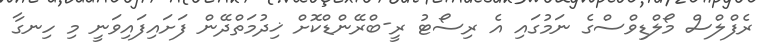
ރެފްލްސް މޯލްޑިވްސްގެ ނަމުގައި އެ ރިސޯޓު ރީ-ބްރޭންޑްކޮށް ޚިދުމަތްދޭން ފަށައިފައިވަނީ މި ހިނގާ